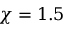
\chi = 1 . 5